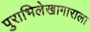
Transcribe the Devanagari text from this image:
पुराभिलेखागाराला